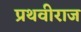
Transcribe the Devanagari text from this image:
प्रथवीराज